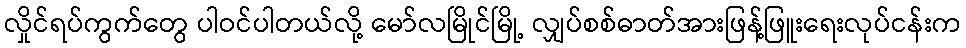
လှိုင်ရပ်ကွက်တွေ ပါဝင်ပါတယ်လို့ မော်လမြိုင်မြို့ လျှပ်စစ်ဓာတ်အားဖြန့်ဖြူးရေးလုပ်ငန်းက